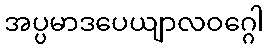
အပ္ပမာဒပေယျာလဝဂ္ဂေါ